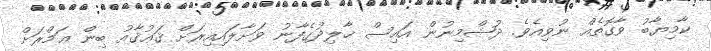
ކާމިޔާބު ވާގޮތެއް ނުވިއެވެ. ދުޝްމިނުން އައިސް ޚާލިދުގެފާނު ވަށާލައިއިރަށް ޤަޢުޤާއު ބިން ޢަމްރަށް